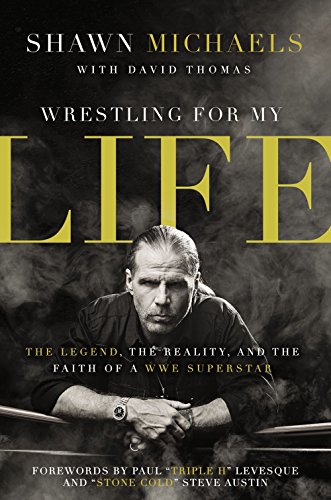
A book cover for Wrestling for My Life: The Legend, the Reality, and the Faith of a WWE Superstar; Shawn Michaels; Biographies & Memoirs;